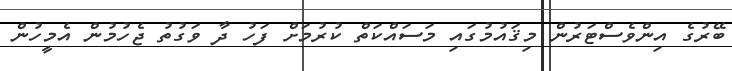
ބޭރުގެ އިންވެސްޓަރުން މިޤައުމުގައި މަސައްކަތް ކުރުމަށް ފަހު ދާ ވަގުތު ޖެހުމުން އެމީހުން